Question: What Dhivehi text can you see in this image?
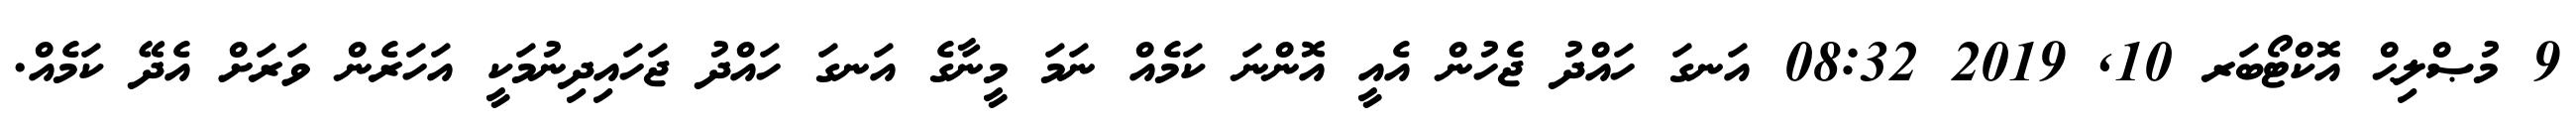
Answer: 9 މުޞްލިޙް އޮކްޓޯބަރ 10, 2019 08:32 އަނގަ ހައްދު ޖެހުން އެއީ އޮންނަ ކަމެއް ނަމަ މީނާގެ އަނގަ ހައްދު ޖަހައިދިނުމަކީ އަހަރެން ވަރަށް އެދޭ ކަމެއް.